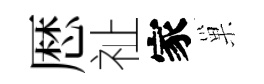
厯祉家巢